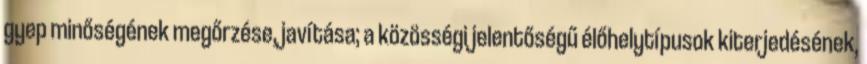
gyep minőségének megőrzése, javítása; a közösségi jelentőségű élőhelytípusok kiterjedésének,